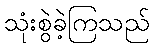
သုံးစွဲခဲ့ကြသည်